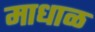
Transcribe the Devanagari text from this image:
माधाळ